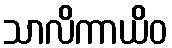
သာလိကာယိဝ